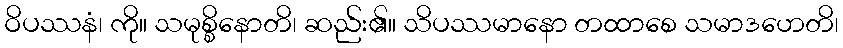
ဝိပဿနံ၊ ကို။ သမုစ္စိနောတိ၊ ဆည်း၏။ သိပဿမာနော တထာစေ သမာဒဟေတိ၊